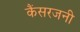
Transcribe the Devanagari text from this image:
कैंसरजनी